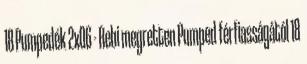
18 Pumpedék 2x06 - Rebi megretten Pumped férfiasságától 18